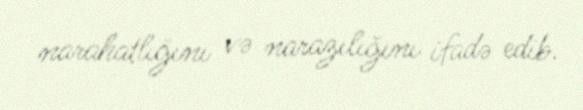
narahatlığını və narazılığını ifadə edib.